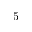
5